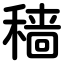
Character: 穑